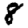
Digit: 8